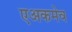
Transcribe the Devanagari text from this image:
एअकमेव